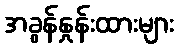
အခွန်နှုန်းထားများ